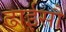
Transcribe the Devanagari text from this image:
ढाईसौ